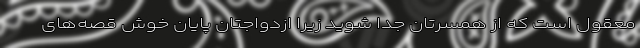
معقول است که از همسرتان جدا شوید زیرا ازدواجتان پایان خوش قصه‌های